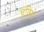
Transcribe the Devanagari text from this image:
चुकिने